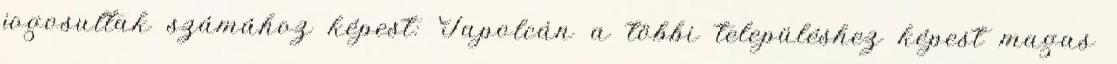
jogosultak számához képest: Tapolcán a többi településhez képest magas